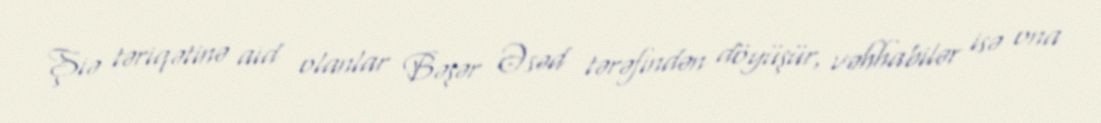
Şiə təriqətinə aid olanlar Bəşər Əsəd tərəfindən döyüşür, vəhhabilər isə ona